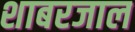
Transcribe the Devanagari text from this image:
शाबरजाल